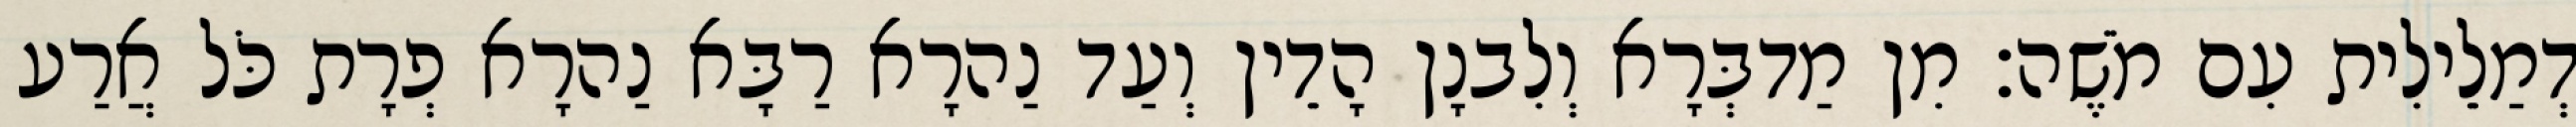
דְמַלֵילִית עִם מֹשֶׁה׃ מִן מַדבְּרָא וְלִבנָן הָדֵין וְעַד נַהרָא רַבָּא נַהרָא פְרָת כֹּל אֲרַע